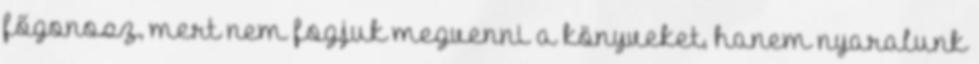
főgonosz, mert nem fogjuk megvenni a könyveket, hanem nyaralunk